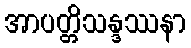
အာပတ္တိသန္ဒဿနာ